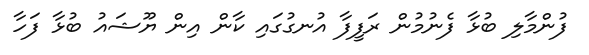
ފުންމާލި ބުޅާ ފެނުމުން ރަފީފާ އުނގުގައި ކާން އިން ޔޫޝައު ބުޅާ ފަހާ